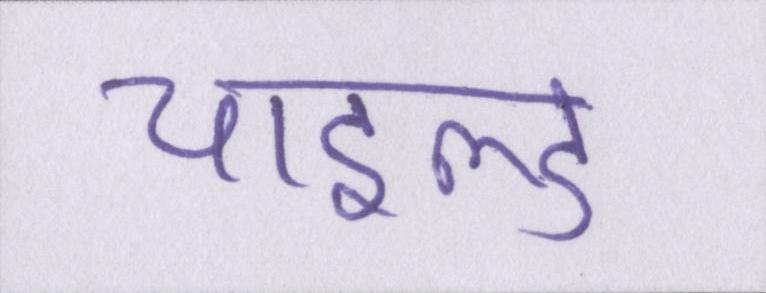
चाइल्ड